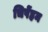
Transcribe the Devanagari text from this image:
चिपेंहम